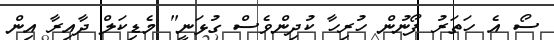
ސޯ އެ ހަތަރު ފޯނުން ހުރިހާ ކުދިންވެސް ގުޅަނީ" މެޑިކަލް ދާއިރާ އިން